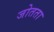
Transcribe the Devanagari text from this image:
जोतता